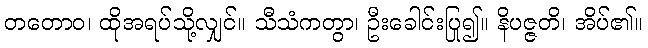
တတောဝ၊ ထိုအရပ်သို့လျှင်။ သီသံကတွာ၊ ဦးခေါင်းပြု၍။ နိပဇ္ဇတိ၊ အိပ်၏။